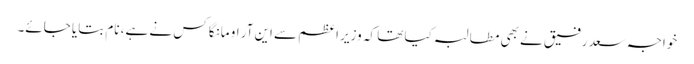
خواجہ سعد رفیق نے بھی مطالبہ کیا تھا کہ وزیر اعظم سے این آر او مانگا کس نے ہے، نام بتایا جائے۔